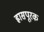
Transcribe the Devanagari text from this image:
ह्रासपूरक